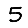
Digit: 5